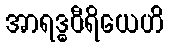
အာရဒ္ဓဝီရိယေဟိ